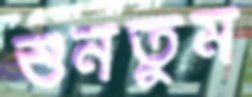
শুনতুম